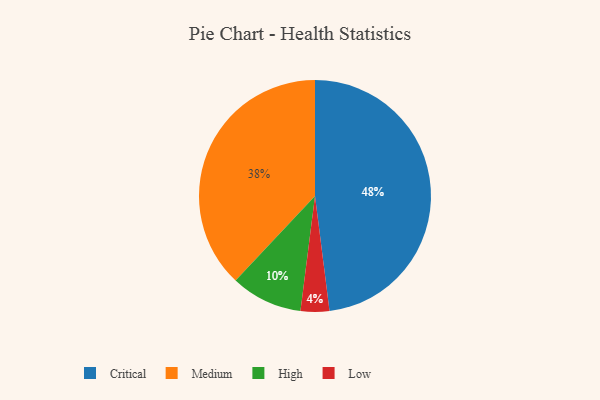
{"axis": {"x": "Category", "y": "Percentage"}, "legend": ["Critical", "High", "Low", "Medium"], "data": [{"x": "Medium", "y": 38, "type": "Medium"}, {"x": "High", "y": 10, "type": "High"}, {"x": "Low", "y": 4, "type": "Low"}, {"x": "Critical", "y": 48, "type": "Critical"}]}